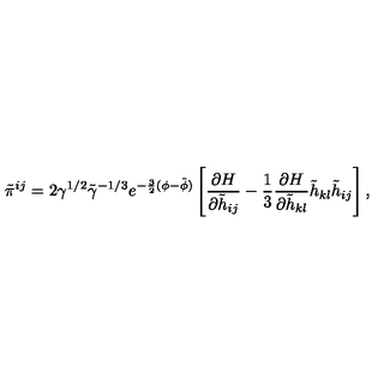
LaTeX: \tilde { \pi } ^ { i j } = 2 \gamma ^ { 1 / 2 } \tilde { \gamma } ^ { - 1 / 3 } e ^ { - \frac { 3 } { 2 } ( \phi - \tilde { \phi } ) } \left[ \frac { \partial H } { \partial \tilde { h } _ { i j } } - \frac { 1 } { 3 } \frac { \partial H } { \partial \tilde { h } _ { k l } } \tilde { h } _ { k l } \tilde { h } _ { i j } \right] ,